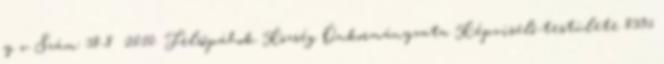
y v Szám: 38-8 2010. Felsőpáhok Község Önkormányzata Képviselő-testülete 8395